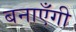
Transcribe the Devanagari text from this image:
बनाएँगी